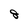
Character: 8